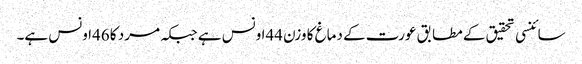
سائنسی تحقیق کے مطابق عورت کے دماغ کا وزن 44اونس ہے جبکہ مرد کا 46اونس ہے۔